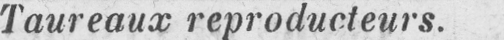
Taureaux reproducteurs.